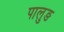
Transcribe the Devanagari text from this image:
पालुङ